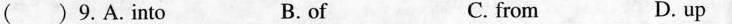
() 9.A.into B.of C. from D. up